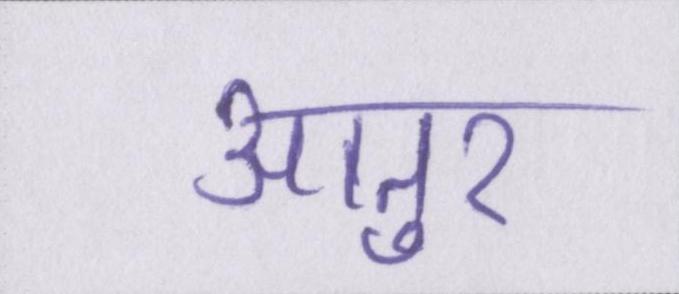
आतुर